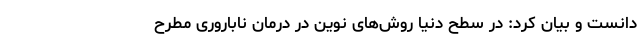
دانست و بیان کرد: در سطح دنیا روش‌های نوین در درمان ناباروری مطرح